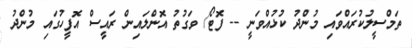
ތަމްސީލުކުރައްވައި މުންދު ކުޅުއްވަނީ -- ފޮޓޯ/ ވަގުތު އޮންލައިން ރައީސް އޮފީހުގައި މުންދު